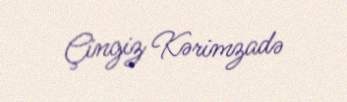
Çingiz Kərimzadə